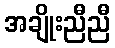
အချိုးညီညီ